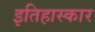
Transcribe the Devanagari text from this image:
इतिहास्कार